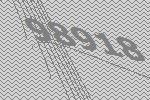
98918